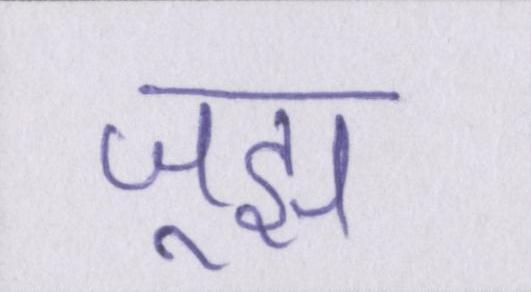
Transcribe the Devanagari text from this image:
जूझ